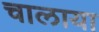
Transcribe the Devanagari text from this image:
चालाया